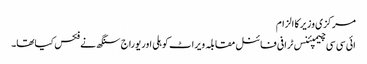
مرکزی وزیر کا الزام
ائی سی سی چیمپئنس ٹرافی فائنل مقابلہ ویراٹ کوہلی اور یوراج سنگھ نے فکس کیاتھا۔